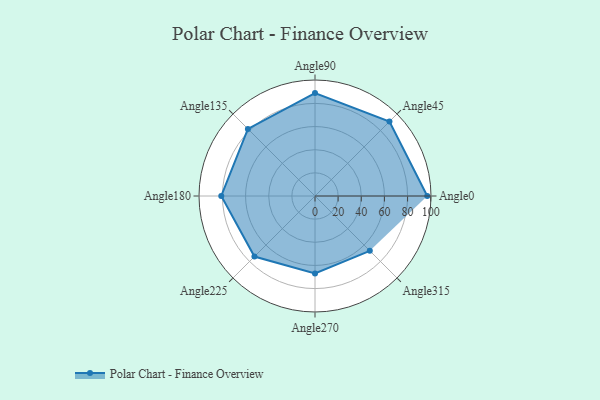
{"axis": {"x": "Angle", "y": "Radius"}, "legend": [""], "data": [{"x": "Angle0", "y": 97.0, "type": ""}, {"x": "Angle45", "y": 91.0, "type": ""}, {"x": "Angle90", "y": 89.0, "type": ""}, {"x": "Angle135", "y": 82.0, "type": ""}, {"x": "Angle180", "y": 81.0, "type": ""}, {"x": "Angle225", "y": 74.0, "type": ""}, {"x": "Angle270", "y": 67.0, "type": ""}, {"x": "Angle315", "y": 67.0, "type": ""}]}